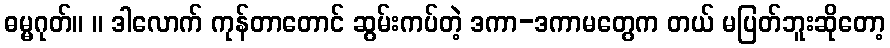
ဓမ္မဂုတ်။ ။ ဒါလောက် ကုန်တာတောင် ဆွမ်းကပ်တဲ့ ဒကာ-ဒကာမတွေက တယ် မပြတ်ဘူးဆိုတော့